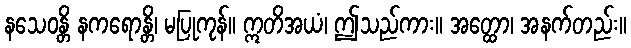
နသေဝန္တိ နကရောန္တိ၊ မပြုကုန်။ ဣတိအယံ၊ ဤသည်ကား။ အတ္ထော၊ အနက်တည်း။